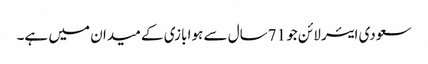
سعودی ایئر لائن جو 71سال سے ہوا بازی کے میدان میں ہے۔